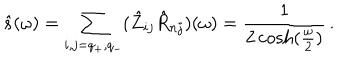
LaTeX: \hat { s } ( \omega ) = \sum _ { i , j = q _ { + } , q _ { - } } ( \hat { Z } _ { i j } \hat { R } _ { n j } ) ( \omega ) = { \frac { 1 } { 2 \cosh ( { \frac { \omega } { 2 } } ) } } \, .